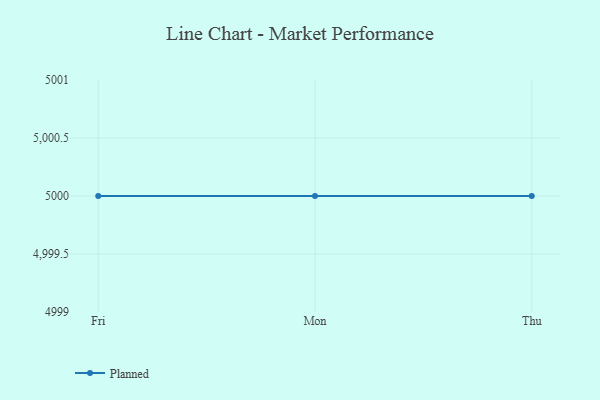
{"axis": {"x": "Day", "y": "Tickets Resolved"}, "legend": ["Planned"], "data": [{"x": "Fri", "y": 5000, "type": "Planned"}, {"x": "Mon", "y": 5000, "type": "Planned"}, {"x": "Thu", "y": 5000, "type": "Planned"}]}